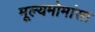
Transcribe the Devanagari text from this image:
मूल्यमोमांसा